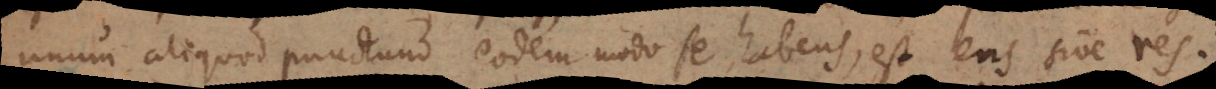
unum aliquod punctum eodem modo se habens, est ens sive res.